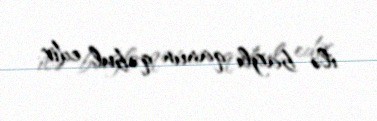
ilə bağlı qanun qəbul edir.